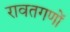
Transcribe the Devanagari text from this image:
रावतगणों